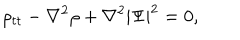
LaTeX: \rho _ { t t } - \nabla ^ { 2 } \rho + \nabla ^ { 2 } | \Psi | ^ { 2 } = 0 ,